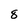
Character: 8